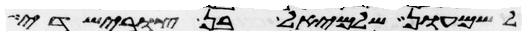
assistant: שמעון שלמיאל בן צורישדי